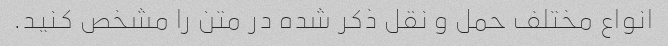
انواع مختلف حمل و نقل ذکر شده در متن را مشخص کنید.